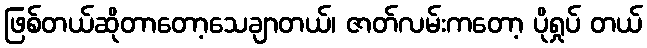
ဖြစ်တယ်ဆိုတာတော့သေချာတယ်၊ ဇာတ်လမ်းကတော့ ပိုရှုပ် တယ်